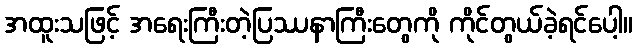
အထူးသဖြင့် အရေးကြီးတဲ့ပြဿနာကြီးတွေကို ကိုင်တွယ်ခဲ့ရင်ပေါ့။